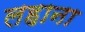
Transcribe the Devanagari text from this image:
लहाना